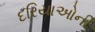
દરિયાઓની